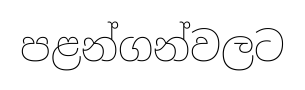
පළන්ගන්වලට